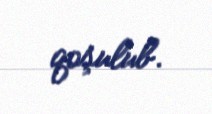
qoşulub.